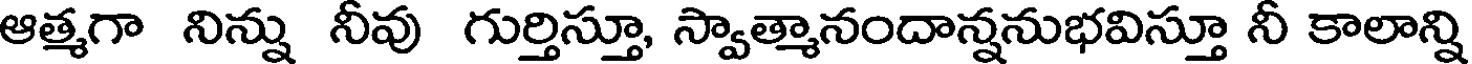
ఆత్మగా నిన్ను నీవు గుర్తిస్తూ, స్వాత్మానందాన్ననుభవిస్తూ నీ కాలాన్ని